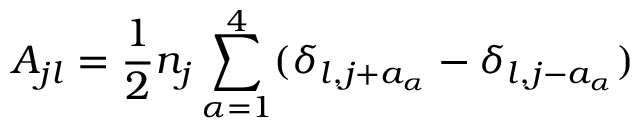
A _ { j l } = \frac 1 2 n _ { j } \sum _ { \alpha = 1 } ^ { 4 } ( \delta _ { l , j + a _ { \alpha } } - \delta _ { l , j - a _ { \alpha } } )